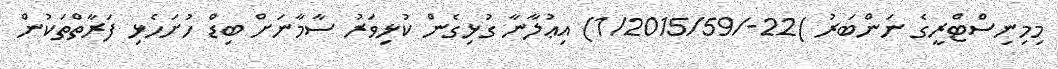
މިމިނިސްޓްރީގެ ނަންބަރު )22-/1/2015/59) އިޢުލާނާ ގުޅިގެން ކުޅިވަރު ސާމާނަށް ބިޑް ހުށަހެޅި ފަރާތްތަކުން